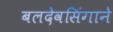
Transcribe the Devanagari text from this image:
बलदेवसिंगाने